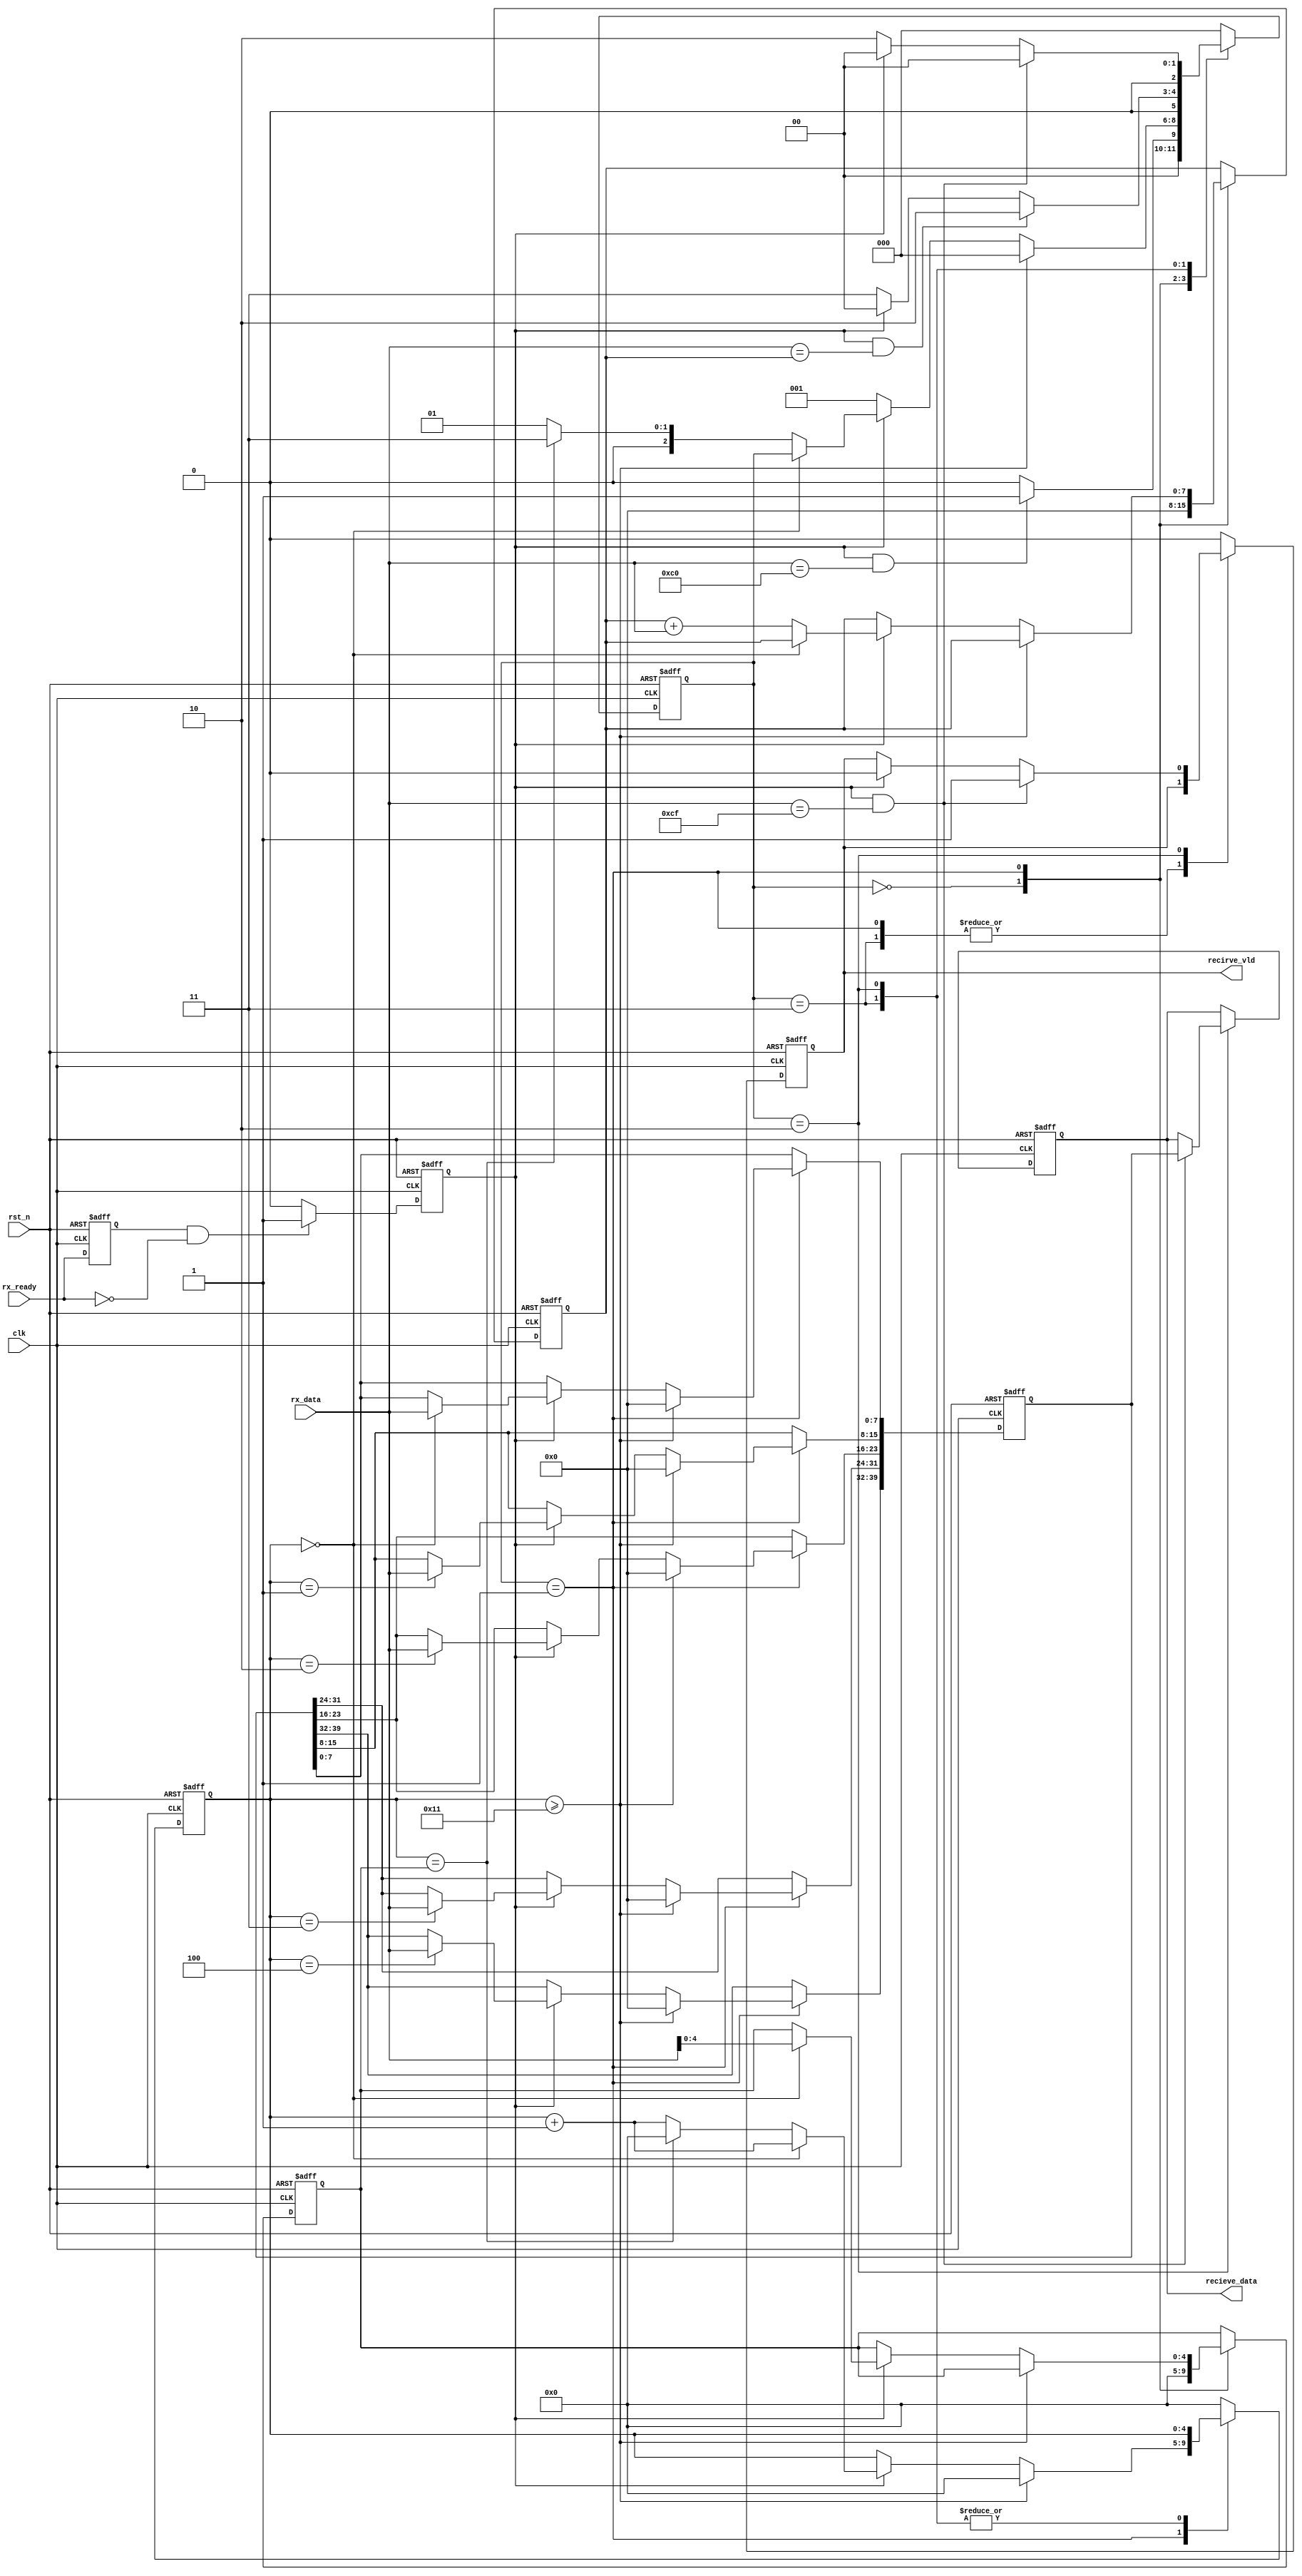

//
//recieve_data

module power_rx_decode(
input clk,						// 
input rst_n,					//

input rx_ready,					//
input [7:0] rx_data,			//	RS232byte,byte

output [39:0] recieve_data,		//
output recirve_vld				//64
);

parameter 		WAIT_TIME	=	176	;//WAIT_TIME == clk /  * 11 

parameter		IDLE		=	3'd0,
				RV_DATA		=	3'd1,
				RV_STOP		=	3'd2,
				RV_CHECK	=	3'd3,
				LENTH_RV	= 	4'd10;

reg [39:0] recieve_data_r = 40'd0;
reg [39:0] recieve_data_g = 40'd0;
reg recirve_vld_r = 1'b0;	
reg [2:0] rv_state = 3'd0;
reg [4:0] rv_cnt = 5'd0;
reg [4:0] rv_lenth = 5'd0;			//byte
reg [4:0] bit_lenth = 5'd31;		//
reg [7:0] check_data = 8'd0;		//
reg [2:0] c0_cnt = 3'd0;			//c0

/*
byte*/
reg [31:0] time_cnt = 32'd0;		
reg rx_ready_d1  = 1'b0;
reg ngready_en = 1'b0;

assign recieve_data 	= 	recieve_data_g;
assign recirve_vld		=	recirve_vld_r;

////////////////10c0cf///////////////
always @ (posedge clk or negedge rst_n) begin
	if(!rst_n) 	rx_ready_d1 <= 1'b0;			//
	else		rx_ready_d1 <= rx_ready;
end
// assign	ngready_en = rx_ready_d1 & (~rx_ready);	//1byte
always @ (posedge clk or negedge rst_n) begin
	if(!rst_n) 	
			ngready_en		<= 		1'b0;			//
	else if (rx_ready_d1 && (!rx_ready)) 
			ngready_en		<= 		1'b1;
	else	
			ngready_en		<= 		1'b0;
end

always @ (posedge clk or negedge rst_n) begin
	if(!rst_n) begin
			recieve_data_r 	<= 		40'd0;
			recieve_data_g 	<=		40'd0;
			rv_state 		<= 		IDLE;
			rv_cnt			<= 		5'd0;
			rv_lenth		<= 		5'd0;
			bit_lenth		<= 		5'd31;
			check_data		<= 		8'd0;
			c0_cnt			<= 		3'd0;
			recirve_vld_r 	<= 		1'b0;
			time_cnt 		<= 		32'd0;
		end
	else begin
	 case(rv_state)
	 IDLE : begin		//c0
		recirve_vld_r 	<= 		1'b0;
		rv_cnt			<= 		5'd0;
		rv_lenth		<= 		5'd0;
		time_cnt		<=		32'd0;
		check_data		<= 		8'd0;
			if(ngready_en && (rx_data == 8'hc0)) begin		
				rv_state 	<= 		RV_DATA;
				c0_cnt		<=		c0_cnt + 1'b1;
			end
			else begin
				rv_state 	<= 		IDLE;
			end
		end
	 RV_DATA : begin	//
			// if(time_cnt > WAIT_TIME) begin
				// time_cnt	<=		32'd0;
				// rv_state 	<= 		IDLE;
			// end 
			// else 
			if(rv_cnt >= 5'd17)	begin	//
				rv_cnt 			<= 		5'd0;
				recieve_data_r 	<= 		40'd0;////////////********************
				rv_state 		<= 		IDLE;
				time_cnt 		<= 		32'd0;
			end
			else if(ngready_en) begin
				rv_cnt 		<= 		rv_cnt + 1'b1;
				
				if(rv_cnt == 5'd0) begin		//c0
					rv_lenth	<= 		rx_data;
				end
				else if(rv_cnt == rv_lenth) begin
					rv_cnt 		<= 		5'd0;
					rv_state 	<= 		RV_CHECK;
					check_data	<= 		check_data + rx_data;
				end
				else begin
					rv_state 	<= 		RV_DATA;
					check_data	<= 		check_data + rx_data;
				end
				
				case(rv_cnt)
				 5'd0:	recieve_data_r[7:0]		<=	rx_data[7:0];
				 5'd1:	recieve_data_r[15:8]	<=	rx_data[7:0];
				 5'd2:	recieve_data_r[23:16]	<=	rx_data[7:0];
				 5'd3:	recieve_data_r[31:24]	<=	rx_data[7:0];
				 5'd4:	recieve_data_r[39:32]	<=	rx_data[7:0];
				 default recieve_data_r			<=	recieve_data_r;
				endcase
				
			end
			else begin
				rv_state 	<= 		RV_DATA;
				time_cnt	<= 		time_cnt + 1'b1;//bit
			end
		end
	 RV_CHECK : begin  
			if(ngready_en && (rx_data == check_data)) begin	
				recieve_data_r 	<=		recieve_data_r;
				rv_state 		<= 		RV_STOP;
			end
			else if(ngready_en)begin	//
				recieve_data_g 	<=		recieve_data_g;
				rv_state 		<= 		IDLE;
			end
			else
				rv_state 		<= 		RV_CHECK;
	 end
	 RV_STOP : begin	//cf
			// if(time_cnt > WAIT_TIME) begin	//
				// time_cnt	<=		32'd0;
				// rv_state 	<= 		IDLE;
			// end 
			// else 
			if(ngready_en & (rx_data == 8'hcf)) begin		//1c
				recirve_vld_r 	<= 		1'b1;
				recieve_data_g 	<=		recieve_data_r;
				rv_state 		<= 		IDLE;
			end
			else if(ngready_en)begin	//
				recirve_vld_r 	<= 		1'b0;
				recieve_data_g 	<=		recieve_data_g;
				rv_state 		<= 		IDLE;
			end
			else begin
				rv_state 	<= 		RV_STOP;
				time_cnt	<= 		time_cnt + 1'b1;
			end
		end
	 default : begin
				recirve_vld_r 	<= 		1'b0;
				rv_cnt			<= 		5'd0;
				recieve_data_g 	<=		recieve_data_g;
				rv_state 		<= 		IDLE;
				time_cnt		<=		32'd0;
	 end
	 endcase
	end
end

endmodule